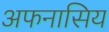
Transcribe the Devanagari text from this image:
अफनासिय